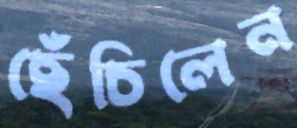
ছেঁচিলেন